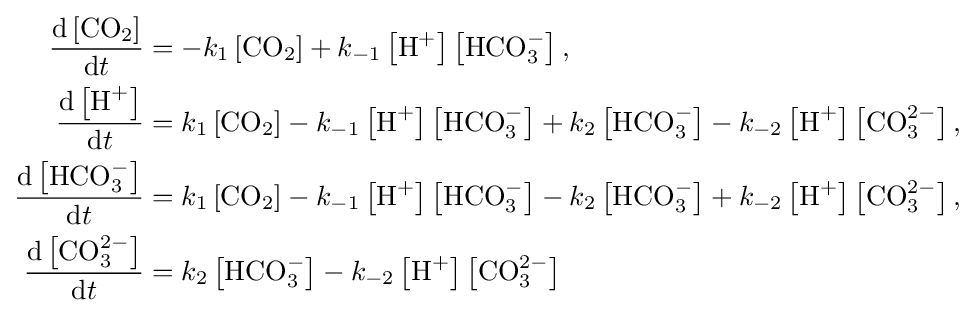
{\begin{aligned}{\frac {{\textrm {d}}\left[{\textrm {CO}}_{2}\right]}{{\textrm {d}}t}}&=-k_{1}\left[{\textrm {CO}}_{2}\right]+k_{-1}\left[{\textrm {H}}^{+}\right]\left[{\textrm {HCO}}_{3}^{-}\right],\\{\frac {{\textrm {d}}\left[{\textrm {H}}^{+}\right]}{{\textrm {d}}t}}&=k_{1}\left[{\textrm {CO}}_{2}\right]-k_{-1}\left[{\textrm {H}}^{+}\right]\left[{\textrm {HCO}}_{3}^{-}\right]+k_{2}\left[{\textrm {HCO}}_{3}^{-}\right]-k_{-2}\left[{\textrm {H}}^{+}\right]\left[{\textrm {CO}}_{3}^{2-}\right],\\{\frac {{\textrm {d}}\left[{\textrm {HCO}}_{3}^{-}\right]}{{\textrm {d}}t}}&=k_{1}\left[{\textrm {CO}}_{2}\right]-k_{-1}\left[{\textrm {H}}^{+}\right]\left[{\textrm {HCO}}_{3}^{-}\right]-k_{2}\left[{\textrm {HCO}}_{3}^{-}\right]+k_{-2}\left[{\textrm {H}}^{+}\right]\left[{\textrm {CO}}_{3}^{2-}\right],\\{\frac {{\textrm {d}}\left[{\textrm {CO}}_{3}^{2-}\right]}{{\textrm {d}}t}}&=k_{2}\left[{\textrm {HCO}}_{3}^{-}\right]-k_{-2}\left[{\textrm {H}}^{+}\right]\left[{\textrm {CO}}_{3}^{2-}\right]\end{aligned}}